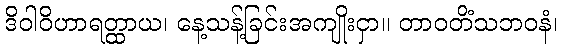
ဒိဝါဝိဟာရတ္ထာယ၊ နေ့သန့်ခြင်းအကျိုးငှာ။ တာဝတိံသဘဝနံ၊